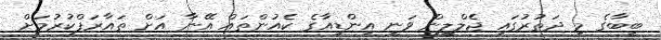
ބީބާގެ މި ދަތުރުގައި ޖެލްލީން ވަނީ އިންޑިއާގެ ކެއުންތައް އޭނާ އަށް ތައާރަފްކުރުމަށް